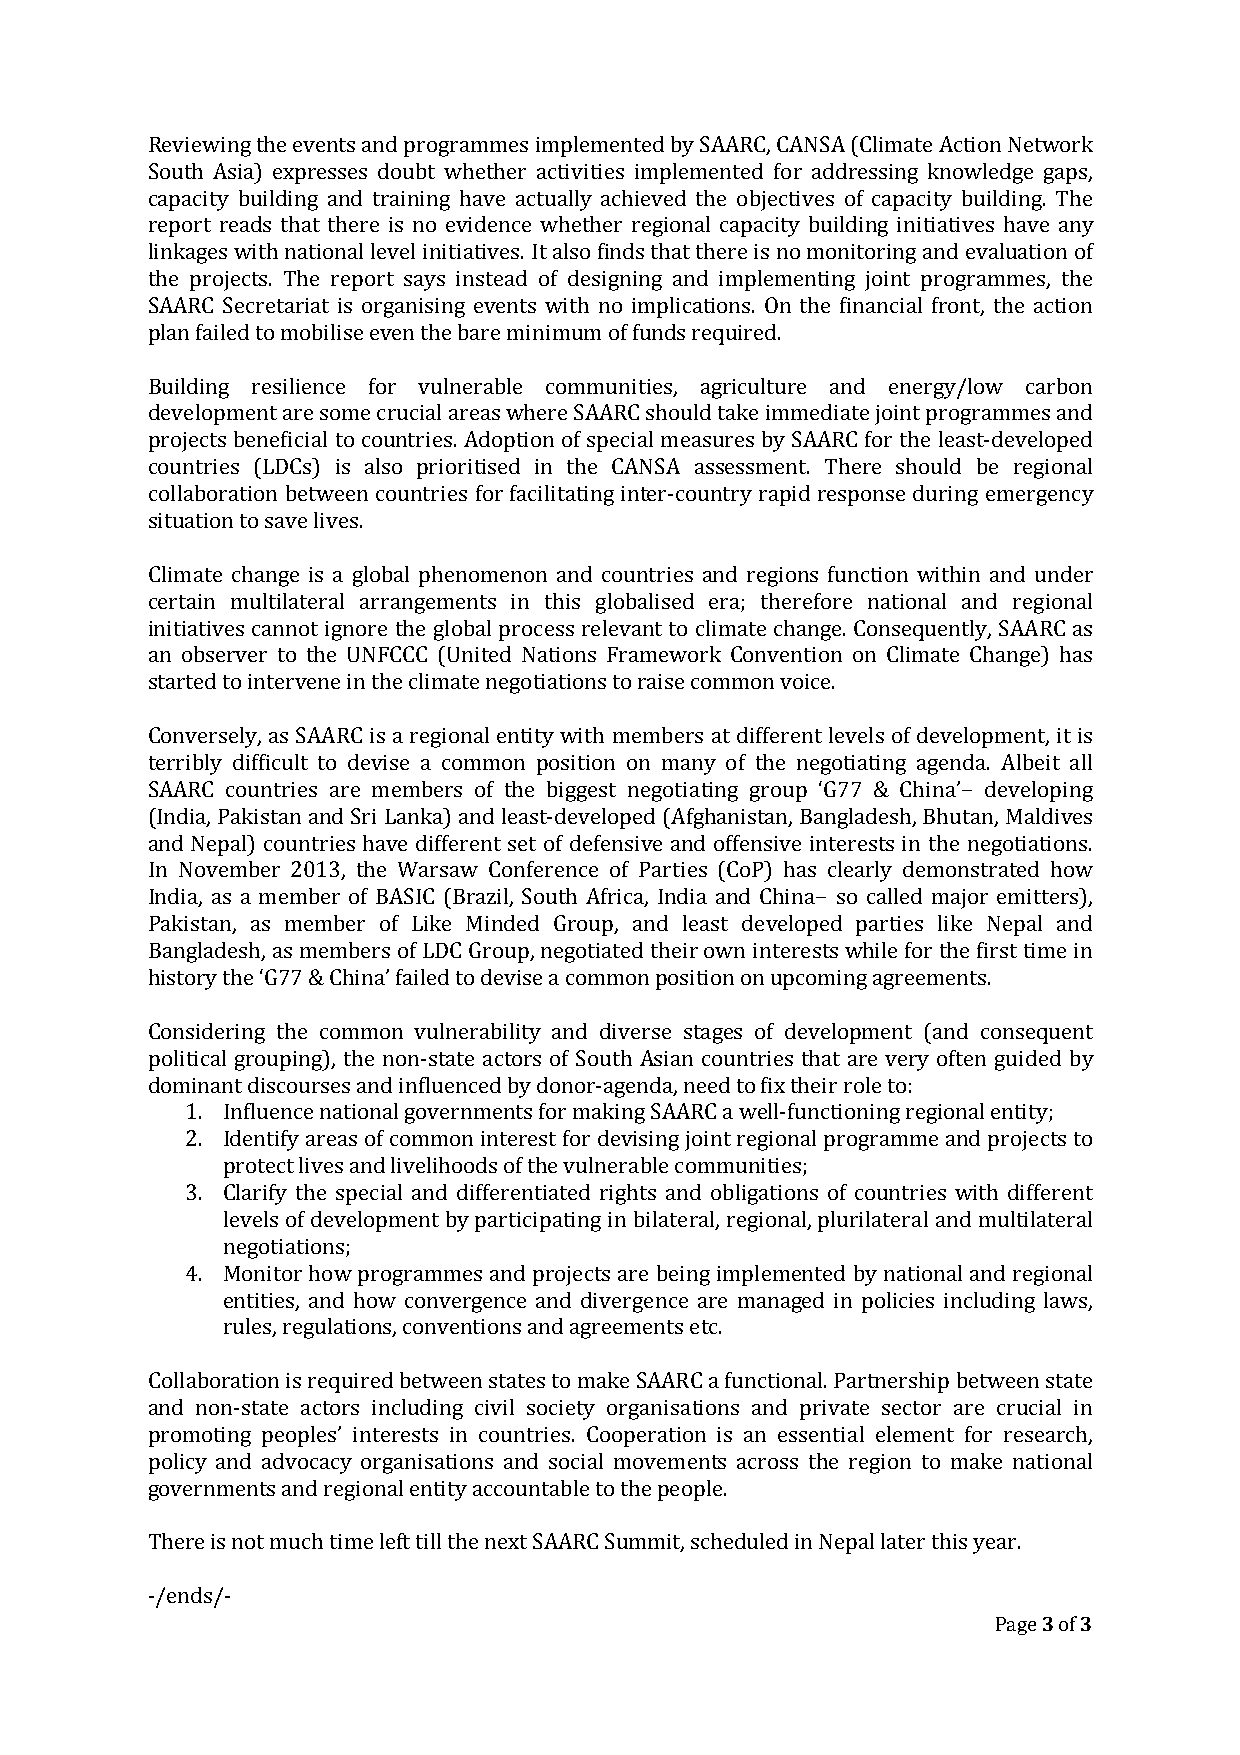
Reviewing the events and programmes implemented by SAARC, CANSA (Climate Action Network
 South Asia) expresses doubt whether activities implemented for addressing knowledge gaps,
 capacity building and training have actually achieved the objectives of capacity building. The
 report reads that there is no evidence whether regional capacity building initiatives have any
 linkages with national level initiatives. It also finds that there is no monitoring and evaluation of
 the projects. The report says instead of designing and implementing joint programmes, the
 SAARC Secretariat is organising events with no implications. On the financial front, the action
 plan failed to mobilise even the bare minimum of funds required.
 Building resilience for vulnerable communities, agriculture and energy/low carbon
 development are some crucial areas where SAARC should take immediate joint programmes and
 projects beneficial to countries. Adoption of special measures by SAARC for the least-developed
 countries (LDCs) is also prioritised in the CANSA assessment. There should be regional
 collaboration between countries for facilitating inter-country rapid response during emergency
 situation to save lives.
 Climate change is a global phenomenon and countries and regions function within and under
 certain multilateral arrangements in this globalised era; therefore national and regional
 initiatives cannot ignore the global process relevant to climate change. Consequently, SAARC as
 an observer to the UNFCCC (United Nations Framework Convention on Climate Change) has
 started to intervene in the climate negotiations to raise common voice.
 Conversely, as SAARC is a regional entity with members at different levels of development, it is
 terribly difficult to devise a common position on many of the negotiating agenda. Albeit all
 SAARC countries are members of the biggest negotiating group ‘G77 & China’− developing
 (India, Pakistan and Sri Lanka) and least-developed (Afghanistan, Bangladesh, Bhutan, Maldives
 and Nepal) countries have different set of defensive and offensive interests in the negotiations.
 In November 2013, the Warsaw Conference of Parties (CoP) has clearly demonstrated how
 India, as a member of BASIC (Brazil, South Africa, India and China− so called major emitters),
 Pakistan, as member of Like Minded Group, and least developed parties like Nepal and
 Bangladesh, as members of LDC Group, negotiated their own interests while for the first time in
 history the ‘G77 & China’ failed to devise a common position on upcoming agreements.
 Considering the common vulnerability and diverse stages of development (and consequent
 political grouping), the non-state actors of South Asian countries that are very often guided by
 dominant discourses and influenced by donor-agenda, need to fix their role to:
 1. Influence national governments for making SAARC a well-functioning regional entity;
 2. Identify areas of common interest for devising joint regional programme and projects to
 protect lives and livelihoods of the vulnerable communities;
 3. Clarify the special and differentiated rights and obligations of countries with different
 levels of development by participating in bilateral, regional, plurilateral and multilateral
 negotiations;
 4. Monitor how programmes and projects are being implemented by national and regional
 entities, and how convergence and divergence are managed in policies including laws,
 rules, regulations, conventions and agreements etc.
 Collaboration is required between states to make SAARC a functional. Partnership between state
 and non-state actors including civil society organisations and private sector are crucial in
 promoting peoples’ interests in countries. Cooperation is an essential element for research,
 policy and advocacy organisations and social movements across the region to make national
 governments and regional entity accountable to the people.
 There is not much time left till the next SAARC Summit, scheduled in Nepal later this year.
 -/ends/-
 Page 3 of 3